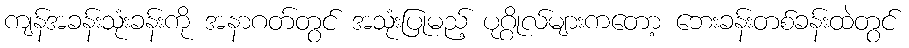
ကျန်အခန်းသုံးခန်းကို အနာဂတ်တွင် အသုံးပြုမည့် ပုဂ္ဂိုလ်များကတော့ ဘေးခန်းတစ်ခန်းထဲတွင်